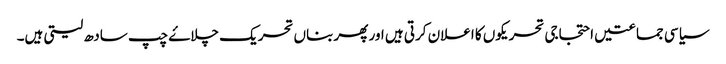
سیاسی جماعتیں احتجاجی تحریکوں کا اعلان کرتی ہیں اور پھر بناں تحریک چلاۓ چپ سادھ لیتی ہیں۔